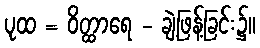
ပုထ = ဝိတ္ထာရေ - ချဲ့ဖြန့်ခြင်း၌။